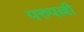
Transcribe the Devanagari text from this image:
परुपल्ली